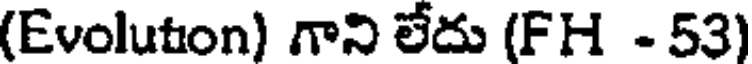
(Evoluton) గాని లేదు (FH - 53)